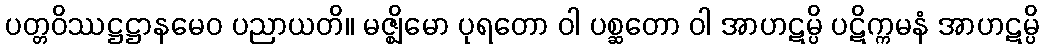
ပတ္တဝိဿဋ္ဌဋ္ဌာနမေဝ ပညာယတိ။ မဇ္ဈိမော ပုရတော ဝါ ပစ္ဆတော ဝါ အာဟဋမ္ပိ ပဋိက္ကမနံ အာဟဋမ္ပိ